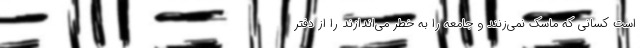
است کسانی که ماسک نمی‌زنند و جامعه را به خطر می‌اندازند را از دفتر